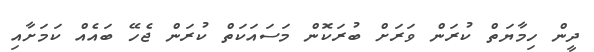
ދީން ހިމާޔަތް ކުރަން ވަރަށް ބުރަކޮން މަސައަކަތް ކުރަން ޖެހޭ ބައެއް ކަމަށާއި